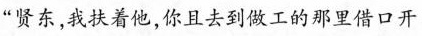
“贤东，我扶着他，你且去到做工的那里借口开